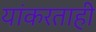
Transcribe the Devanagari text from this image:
यांकरताही